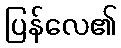
ပြန်လေ၏